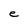
Character: e